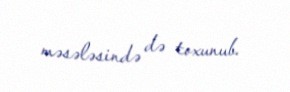
məsələsində də toxunub.